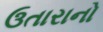
ઉતારાનો